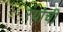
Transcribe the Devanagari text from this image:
रयोची